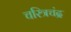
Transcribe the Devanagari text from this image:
चरित्रचंद्र